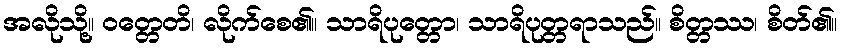
အလိုသို့။ ဝတ္တေတိ၊ လိုက်စေ၏။ သာရိပုတ္တော၊ သာရိပုတ္တရာသည်။ စိတ္တဿ၊ စိတ်၏။